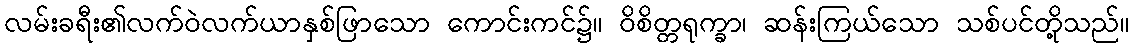
လမ်းခရီး၏လက်ဝဲလက်ယာနှစ်ဖြာသော ကောင်းကင်၌။ ဝိစိတ္တရုက္ခာ၊ ဆန်းကြယ်သော သစ်ပင်တို့သည်။